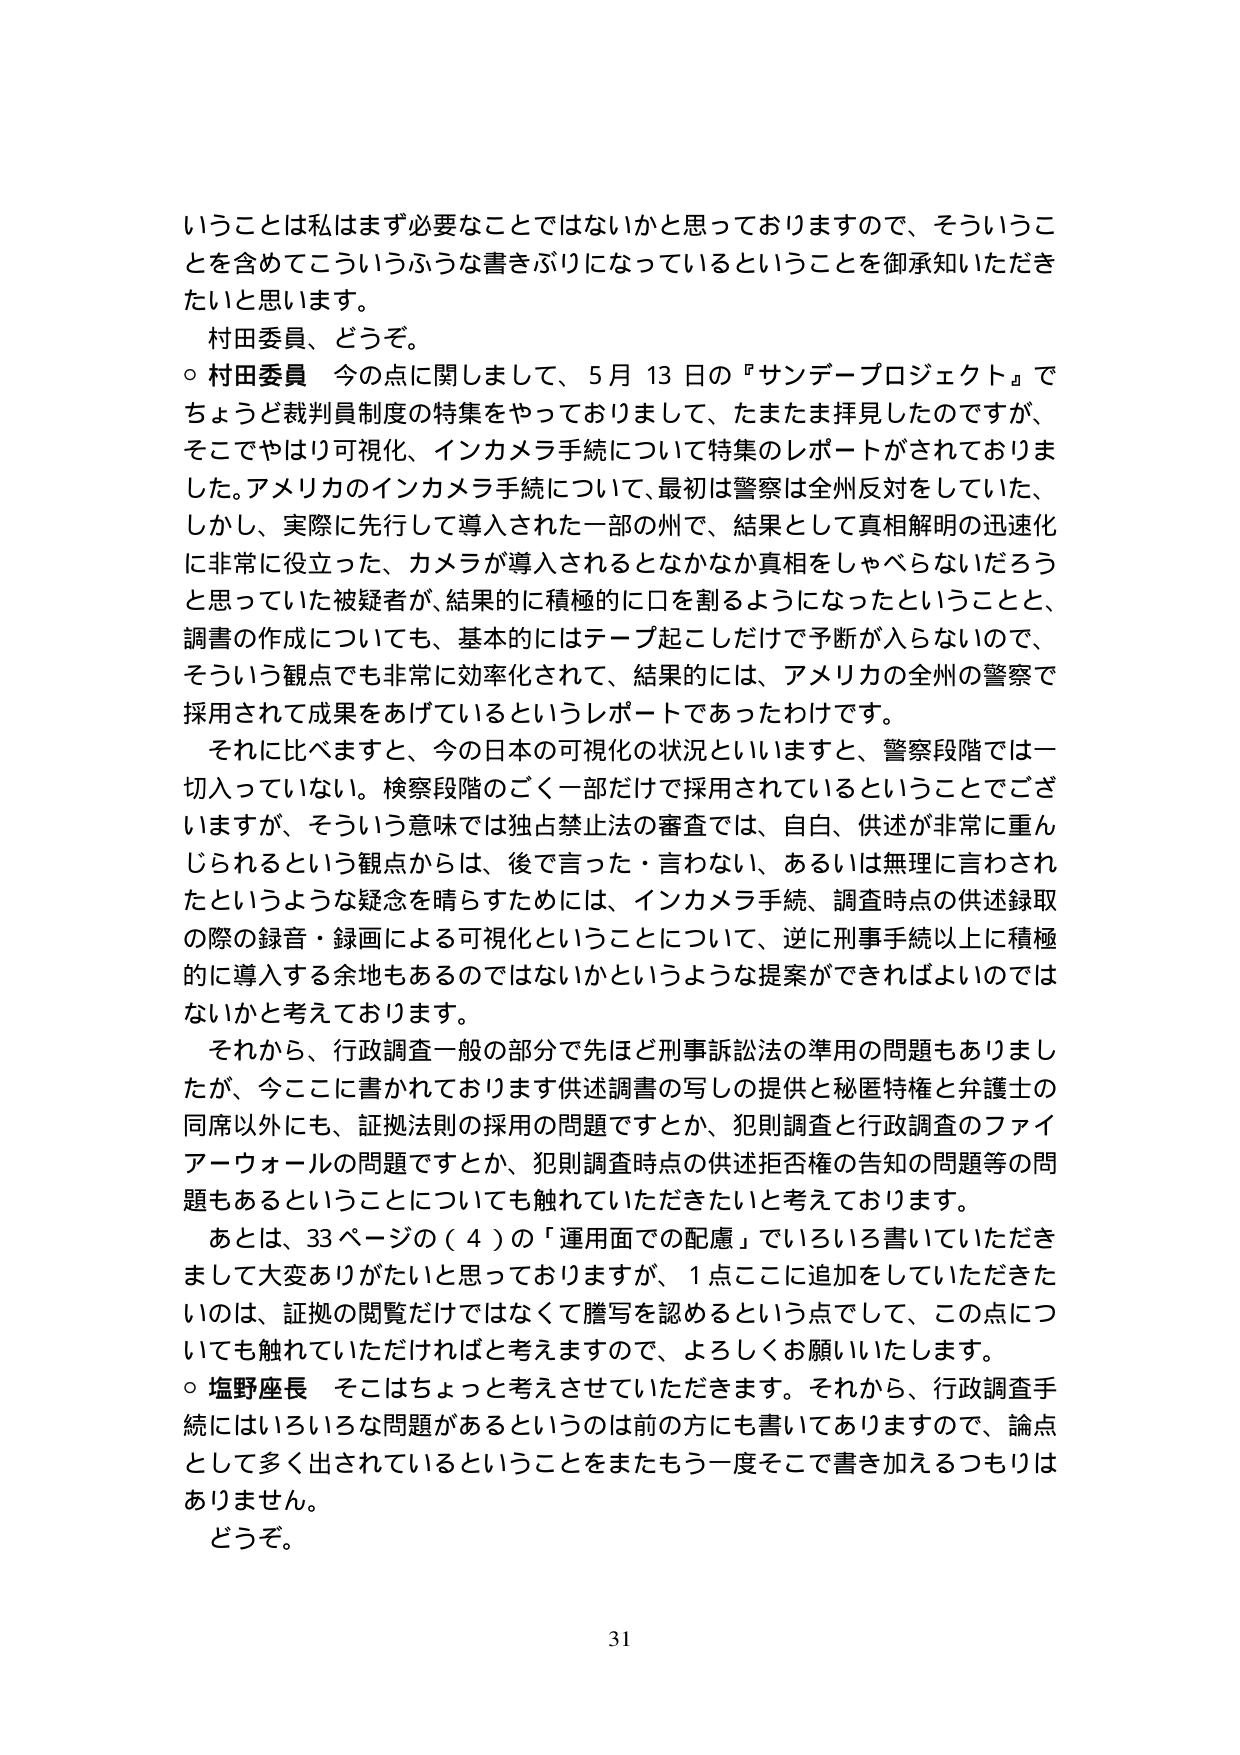
いうことは私はまず必要なことではないかと思っておりますので、そういうことを含めてこういうふうな書きぶりになっているということを御承知いただきたいと思います。

村田委員、どうぞ。

○ 村田委員 今の点に関しまして、5月13日の『サンデープロジェクト』でちょうど裁判員制度の特集をやっておりまして、たまたま拝見したのですが、そこでやはり可視化、インカメラ手続について特集のレポートがされておりました。アメリカのインカメラ手続について、最初は警察は全州反対をしていた、しかし、実際に先行して導入された一部の州で、結果として真相解明の迅速化に非常に役立った、カメラが導入されるとなかなか真相をしゃべらないだろうと思っていた被疑者が、結果的に積極的に口を割るようになったということと、調書の作成についても、基本的にはテープ起こしだけで予断が入らないので、そういう観点でも非常に効率化されて、結果的には、アメリカの全州の警察で採用されて成果をあげているというレポートであったわけです。

それに比べますと、今の日本の可視化の状況といいますと、警察段階では一切入っていない。検察段階のごく一部だけで採用されているということでございますが、そういう意味では独占禁止法の審査では、自白、供述が非常に重んじられるという観点からは、後で言った・言わない、あるいは無理に言わされたというような疑念を晴らすためには、インカメラ手続、調査時点の供述録取の際の録音・録画による可視化ということについて、逆に刑事手続以上に積極的に導入する余地もあるのではないかというような提案ができればよいのではないかと考えております。

それから、行政調査一般の部分で先ほど刑事訴訟法の準用の問題もありましたが、今ここに書かれております供述調書の写しの提供と秘匿特権と弁護士の同席以外にも、証拠法則の採用の問題ですとか、犯則調査と行政調査のファイアーウォールの問題ですとか、犯則調査時点の供述拒否権の告知の問題等の問題もあるということについても触れしていただきたいと考えております。

あとは、33ページの（4）の「運用面での配慮」でいろいろ書いていただきまして大変ありがたいと思っておりますが、1点ここに追加をしていただきたいのは、証拠の閲覧だけではなくて謄写を認めるという点でして、この点についても触れしていただければと考えますので、よろしくお願いいたします。

○ 塩野座長 そこはちょっと考えさせていただきます。それから、行政調査手続にはいろいろな問題があるというのは前の方にも書いてありますので、論点として多く出されているということをまたもう一度そこで書き加えるつもりはありません。

どうぞ。

31